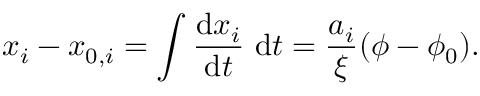
x _ { i } - x _ { 0 , i } = \int \frac { \mathrm { d } x _ { i } } { \mathrm { d } t } ~ \mathrm { d } t = \frac { a _ { i } } { \xi } ( \phi - \phi _ { 0 } ) .